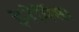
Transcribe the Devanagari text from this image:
इनेर्मिस।